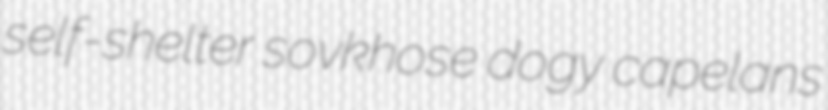
self-shelter sovkhose dogy capelans